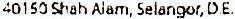
40150 SHAH ALAM, SELANGOR, D.E.